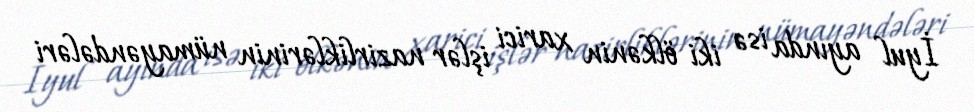
İyul ayında isə iki ölkənin xarici işlər nazirliklərinin nümayəndələri